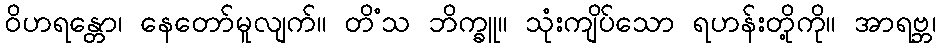
ဝိဟရန္တော၊ နေတော်မူလျက်။ တိံသ ဘိက္ခူ။ သုံးကျိပ်သော ရဟန်းတို့ကို။ အာရဗ္ဘ၊